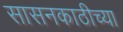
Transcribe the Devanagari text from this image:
सासनकाठीच्या